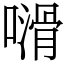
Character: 𠿭